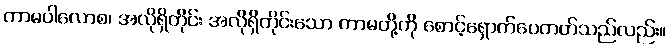
ကာမပါလောစ၊ အလိုရှိတိုင်း အလိုရှိတိုင်းသော ကာမတို့ကို စောင့်ရှောက်ပေတတ်သည်လည်း။